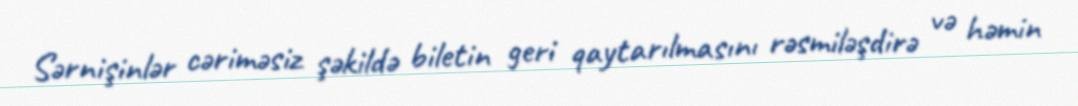
Sərnişinlər cəriməsiz şəkildə biletin geri qaytarılmasını rəsmiləşdirə və həmin